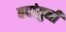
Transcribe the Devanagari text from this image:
बदांयुनी